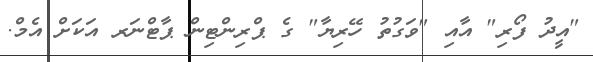
"އީދު ފޯރި" އާއި "ވަގުތު ހޭރިޔާ" ގެ ޕްރިންޓިން ޕާޓްނަރ އަކަށް އެމް.